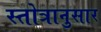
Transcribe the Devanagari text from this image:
स्तोत्रानुसार